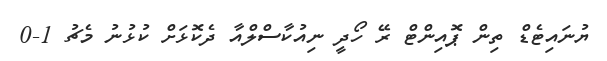
ޔުނައިޓެޑް ތިން ޕޮއިންޓް ރޭ ހޯދީ ނިއުކާސްލްއާ ދެކޮޅަށް ކުޅުނު މެޗު 1-0